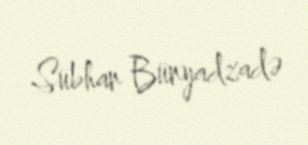
Sübhan Bünyadzadə